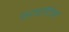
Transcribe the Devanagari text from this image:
भवदिष्टं